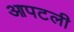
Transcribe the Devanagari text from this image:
आपटली